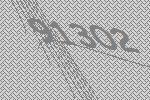
91302